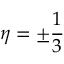
\eta = \pm \frac { 1 } { 3 }